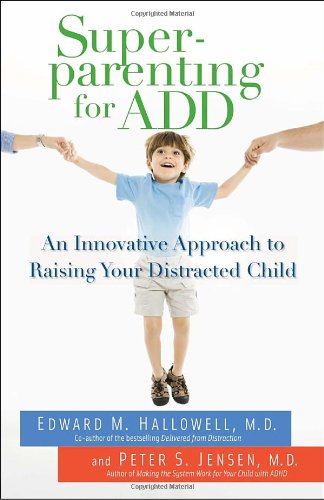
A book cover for Superparenting for ADD: An Innovative Approach to Raising Your Distracted Child; Edward M. Hallowell; Parenting & Relationships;